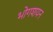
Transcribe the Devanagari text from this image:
भोगशयन